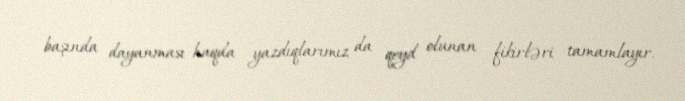
başında dayanması haqda yazdıqlarımız da qeyd olunan fikirləri tamamlayır.